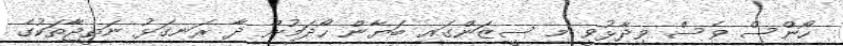
ހޯންސް ވެސް ވިދާޅުވީ މި ސީޒަންގައި ބަޔާން ހޯދަމުން ދާ ރަނގަޅު ނަތީޖާތަކުގެ